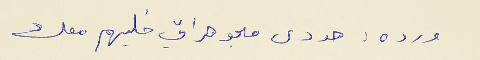
ورد :هودى مجوهرات خليهم معك